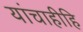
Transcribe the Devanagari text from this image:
यांचाहीहि